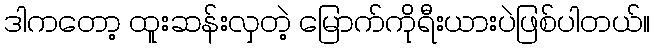
ဒါကတော့ ထူးဆန်းလှတဲ့ မြောက်ကိုရီးယားပဲဖြစ်ပါတယ်။